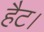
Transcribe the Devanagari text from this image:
हैट।